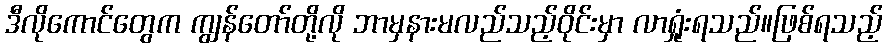
ဒီလိုကောင်တွေက ကျွန်တော်တို့လို ဘာမှနားမလည်သည့်ဝိုင်းမှာ လာရှုံးရသည်။ဖြစ်ရသည့်